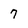
Character: 7